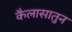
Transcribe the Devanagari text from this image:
कैलासातुन